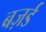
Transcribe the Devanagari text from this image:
बज़र्ड